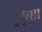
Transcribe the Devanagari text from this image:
युयुत्सा